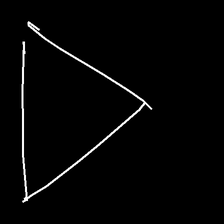
Glyph: convergence